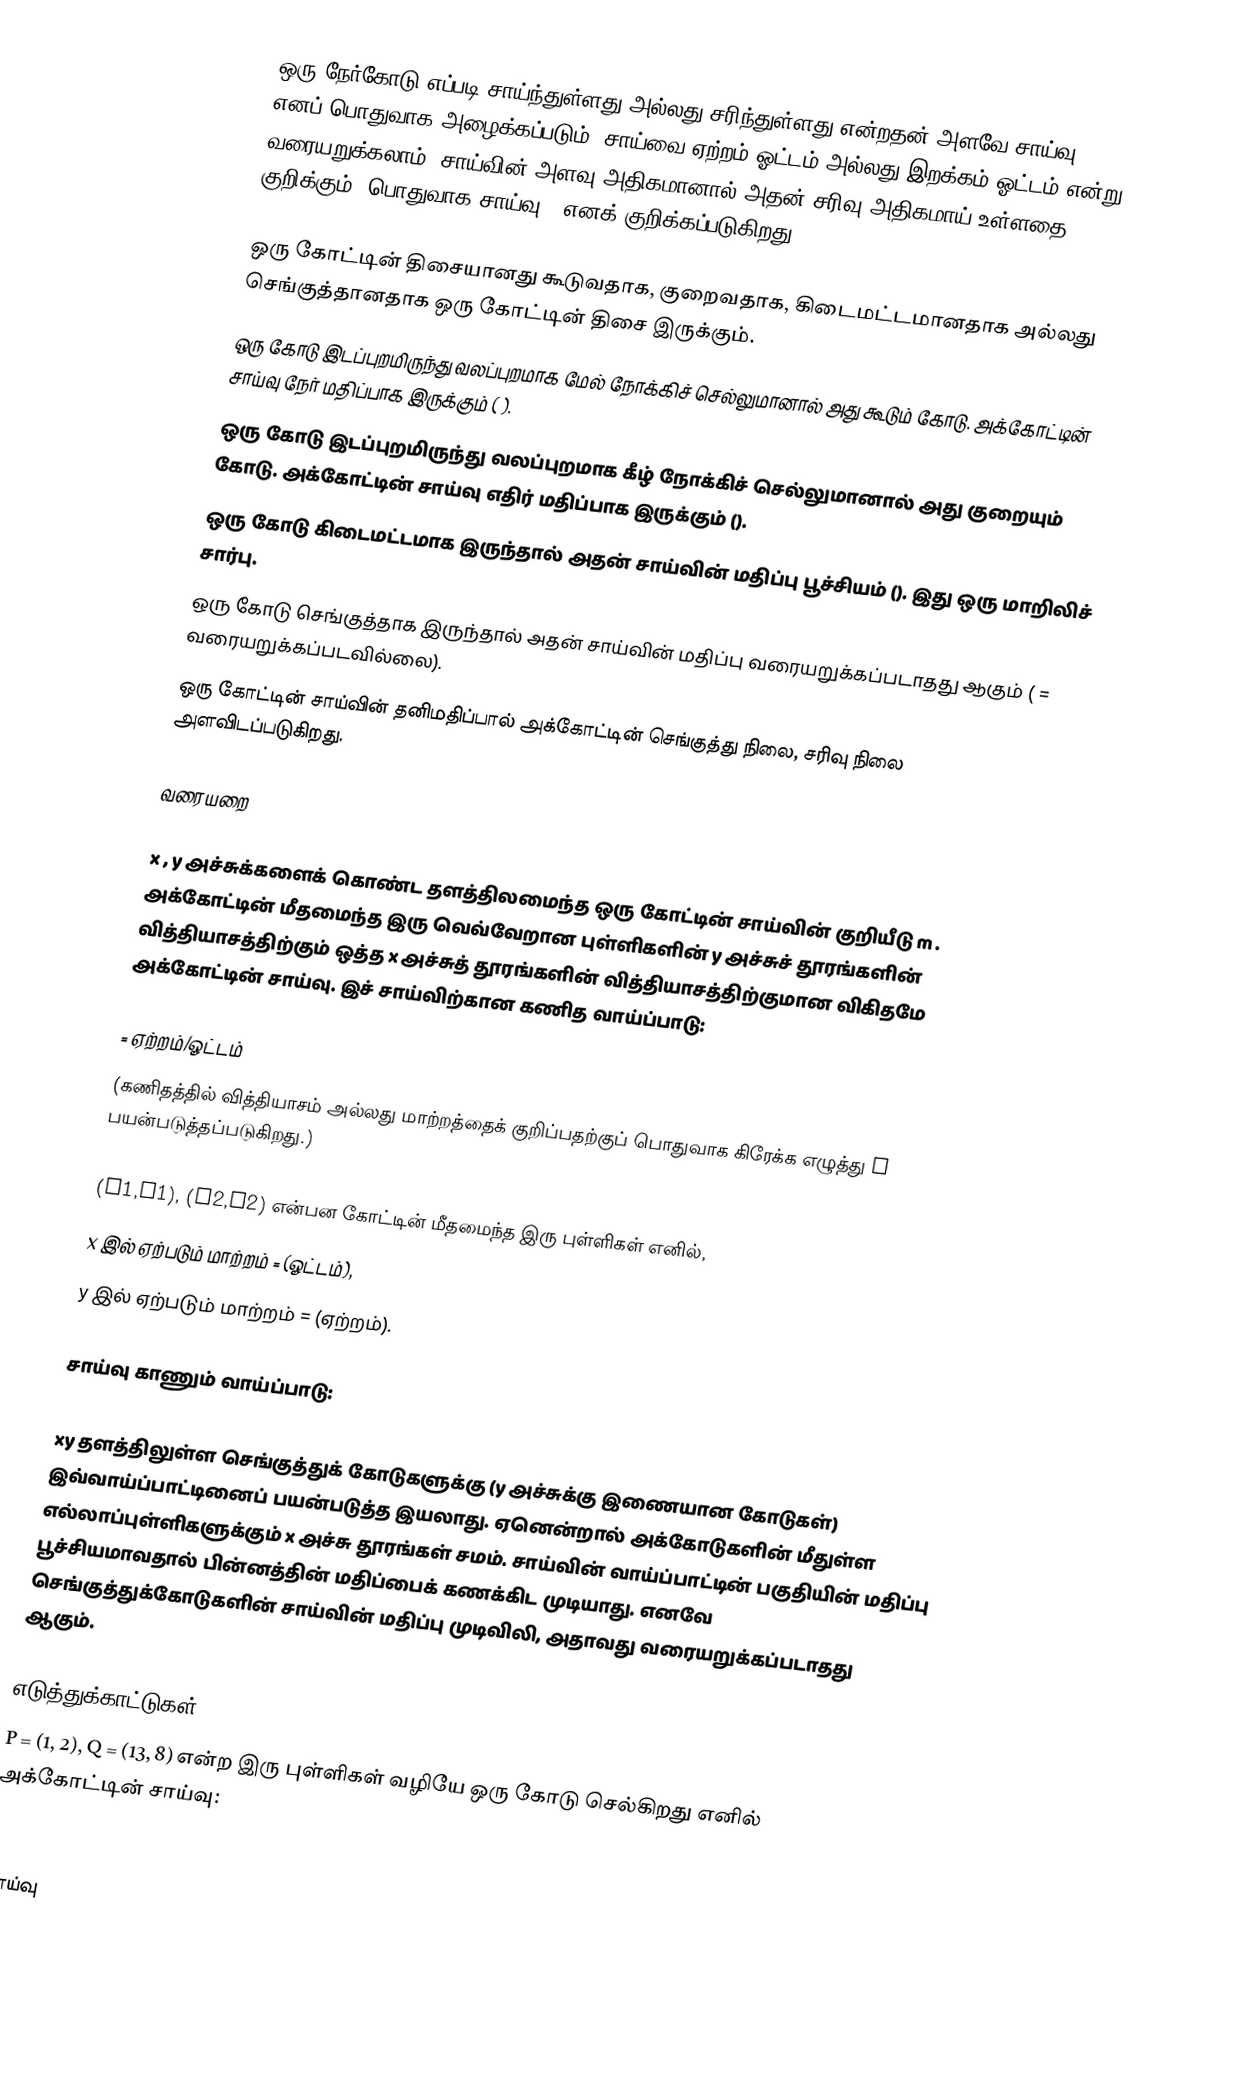
ஒரு நேர்கோடு எப்படி சாய்ந்துள்ளது அல்லது சரிந்துள்ளது என்றதன் அளவே சாய்வு (slope) எனப் பொதுவாக அழைக்கப்படும். சாய்வை ஏற்றம்/ஓட்டம் அல்லது இறக்கம்/ஓட்டம் என்று வரையறுக்கலாம். சாய்வின் அளவு அதிகமானால் அதன் சரிவு அதிகமாய் உள்ளதை குறிக்கும். பொதுவாக சாய்வு m எனக் குறிக்கப்படுகிறது.

 ஒரு கோட்டின் திசையானது கூடுவதாக, குறைவதாக, கிடைமட்டமானதாக அல்லது செங்குத்தானதாக ஒரு கோட்டின் திசை இருக்கும்.
ஒரு கோடு இடப்புறமிருந்து வலப்புறமாக மேல் நோக்கிச் செல்லுமானால் அது கூடும் கோடு. அக்கோட்டின் சாய்வு நேர் மதிப்பாக இருக்கும் ( ).
ஒரு கோடு இடப்புறமிருந்து வலப்புறமாக கீழ் நோக்கிச் செல்லுமானால் அது குறையும் கோடு. அக்கோட்டின் சாய்வு எதிர் மதிப்பாக இருக்கும் ().
ஒரு கோடு கிடைமட்டமாக இருந்தால் அதன் சாய்வின் மதிப்பு பூச்சியம் (). இது ஒரு மாறிலிச் சார்பு.
ஒரு கோடு செங்குத்தாக இருந்தால் அதன் சாய்வின் மதிப்பு வரையறுக்கப்படாதது ஆகும் ( = வரையறுக்கப்படவில்லை).
 ஒரு கோட்டின் சாய்வின் தனிமதிப்பால் அக்கோட்டின் செங்குத்து நிலை, சரிவு நிலை அளவிடப்படுகிறது.

வரையறை

x , y அச்சுக்களைக் கொண்ட தளத்திலமைந்த ஒரு கோட்டின் சாய்வின் குறியீடு m . அக்கோட்டின் மீதமைந்த இரு வெவ்வேறான புள்ளிகளின் y அச்சுச் தூரங்களின் வித்தியாசத்திற்கும் ஒத்த x அச்சுத் தூரங்களின் வித்தியாசத்திற்குமான விகிதமே அக்கோட்டின் சாய்வு. இச் சாய்விற்கான கணித வாய்ப்பாடு:

 = ஏற்றம்/ஓட்டம்
(கணிதத்தில் வித்தியாசம் அல்லது மாற்றத்தைக் குறிப்பதற்குப் பொதுவாக கிரேக்க எழுத்து Δ பயன்படுத்தப்படுகிறது.)

(x1,y1), (x2,y2) என்பன கோட்டின் மீதமைந்த இரு புள்ளிகள் எனில்,
x இல் ஏற்படும் மாற்றம் =  (ஓட்டம்),
y இல் ஏற்படும் மாற்றம் =  (ஏற்றம்).

சாய்வு காணும் வாய்ப்பாடு:

xy தளத்திலுள்ள செங்குத்துக் கோடுகளுக்கு (y அச்சுக்கு இணையான கோடுகள்) இவ்வாய்ப்பாட்டினைப் பயன்படுத்த இயலாது. ஏனென்றால் அக்கோடுகளின் மீதுள்ள எல்லாப்புள்ளிகளுக்கும் x அச்சு தூரங்கள் சமம். சாய்வின் வாய்ப்பாட்டின் பகுதியின் மதிப்பு பூச்சியமாவதால் பின்னத்தின் மதிப்பைக் கணக்கிட முடியாது. எனவே செங்குத்துக்கோடுகளின் சாய்வின் மதிப்பு முடிவிலி, அதாவது வரையறுக்கப்படாதது ஆகும்.

எடுத்துக்காட்டுகள்
P = (1, 2), Q = (13, 8) என்ற இரு புள்ளிகள் வழியே ஒரு கோடு செல்கிறது எனில் அக்கோட்டின் சாய்வு:

.
சாய்வு